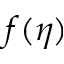
f ( \eta )